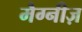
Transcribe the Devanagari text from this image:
मैग्नीज़